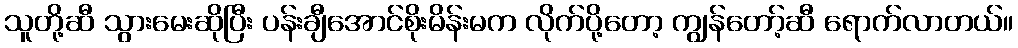
သူတို့ဆီ သွားမေးဆိုပြီး ပန်းချီအောင်စိုးမိန်းမက လိုက်ပို့တော့ ကျွန်တော့်ဆီ ရောက်လာတယ်။